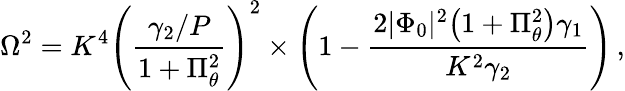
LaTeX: \Omega^{2}=K^{4}\left(\frac{\gamma_{2}/P}{1+\Pi_{\theta}^{2}}\right)^{2}\times\left(1-\frac{2|\Phi_{0}|^{2}\big(1+\Pi_{\theta}^{2}\big)\gamma_{1}}{K^{2}\gamma_{2}}\right)\, ,